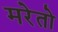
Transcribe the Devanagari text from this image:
मरेतो